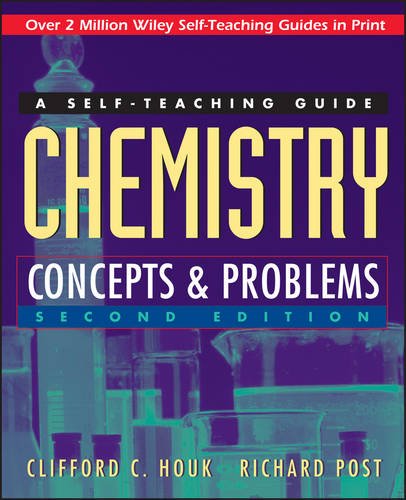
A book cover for Chemistry: Concepts and Problems: A Self-Teaching Guide; Clifford C. Houk; Test Preparation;